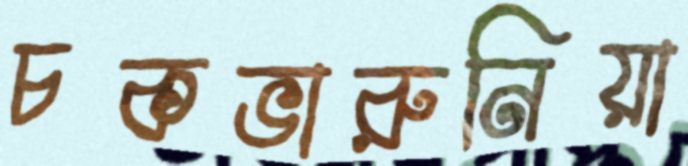
চকভারুনিয়া